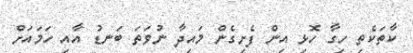
ކާތަކެތި ހިގާ ހޮޅި އިން ފެށިގެން މައިދާ ނުވަތަ ބަނޑު އާއި ހަމައަށް